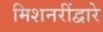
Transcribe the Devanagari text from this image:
मिशनरींद्वारे